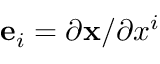
\mathbf { e } _ { i } = \partial \mathbf { x } / \partial x ^ { i }